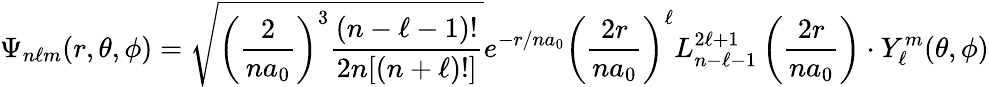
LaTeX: \Psi_{n\ell m}(r,\theta,\phi)={\sqrt{{\left({\frac{2}{na_{0}}}\right)}^{3}{\frac{(n-\ell-1)!}{2n[(n+\ell)!]}}}}e^{-r/na_{0}}\left({\frac{2r}{na_{0}}}\right)^{\ell}L_{n-\ell-1}^{2\ell+1}\left({\frac{2r}{na_{0}}}\right)\cdot Y_{\ell}^{m}(\theta,\phi)